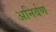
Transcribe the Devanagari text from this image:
अनिर्वण